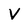
Character: V